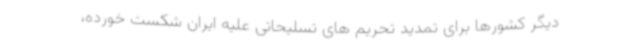
دیگر کشورها برای تمدید تحریم های تسلیحاتی علیه ایران شکست خورده،